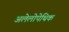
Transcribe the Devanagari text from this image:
अलेलोपेथिक